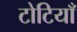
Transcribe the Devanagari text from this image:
टोटियाँ